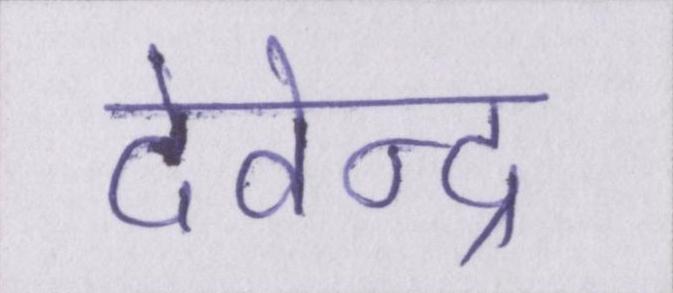
देवेन्द्र